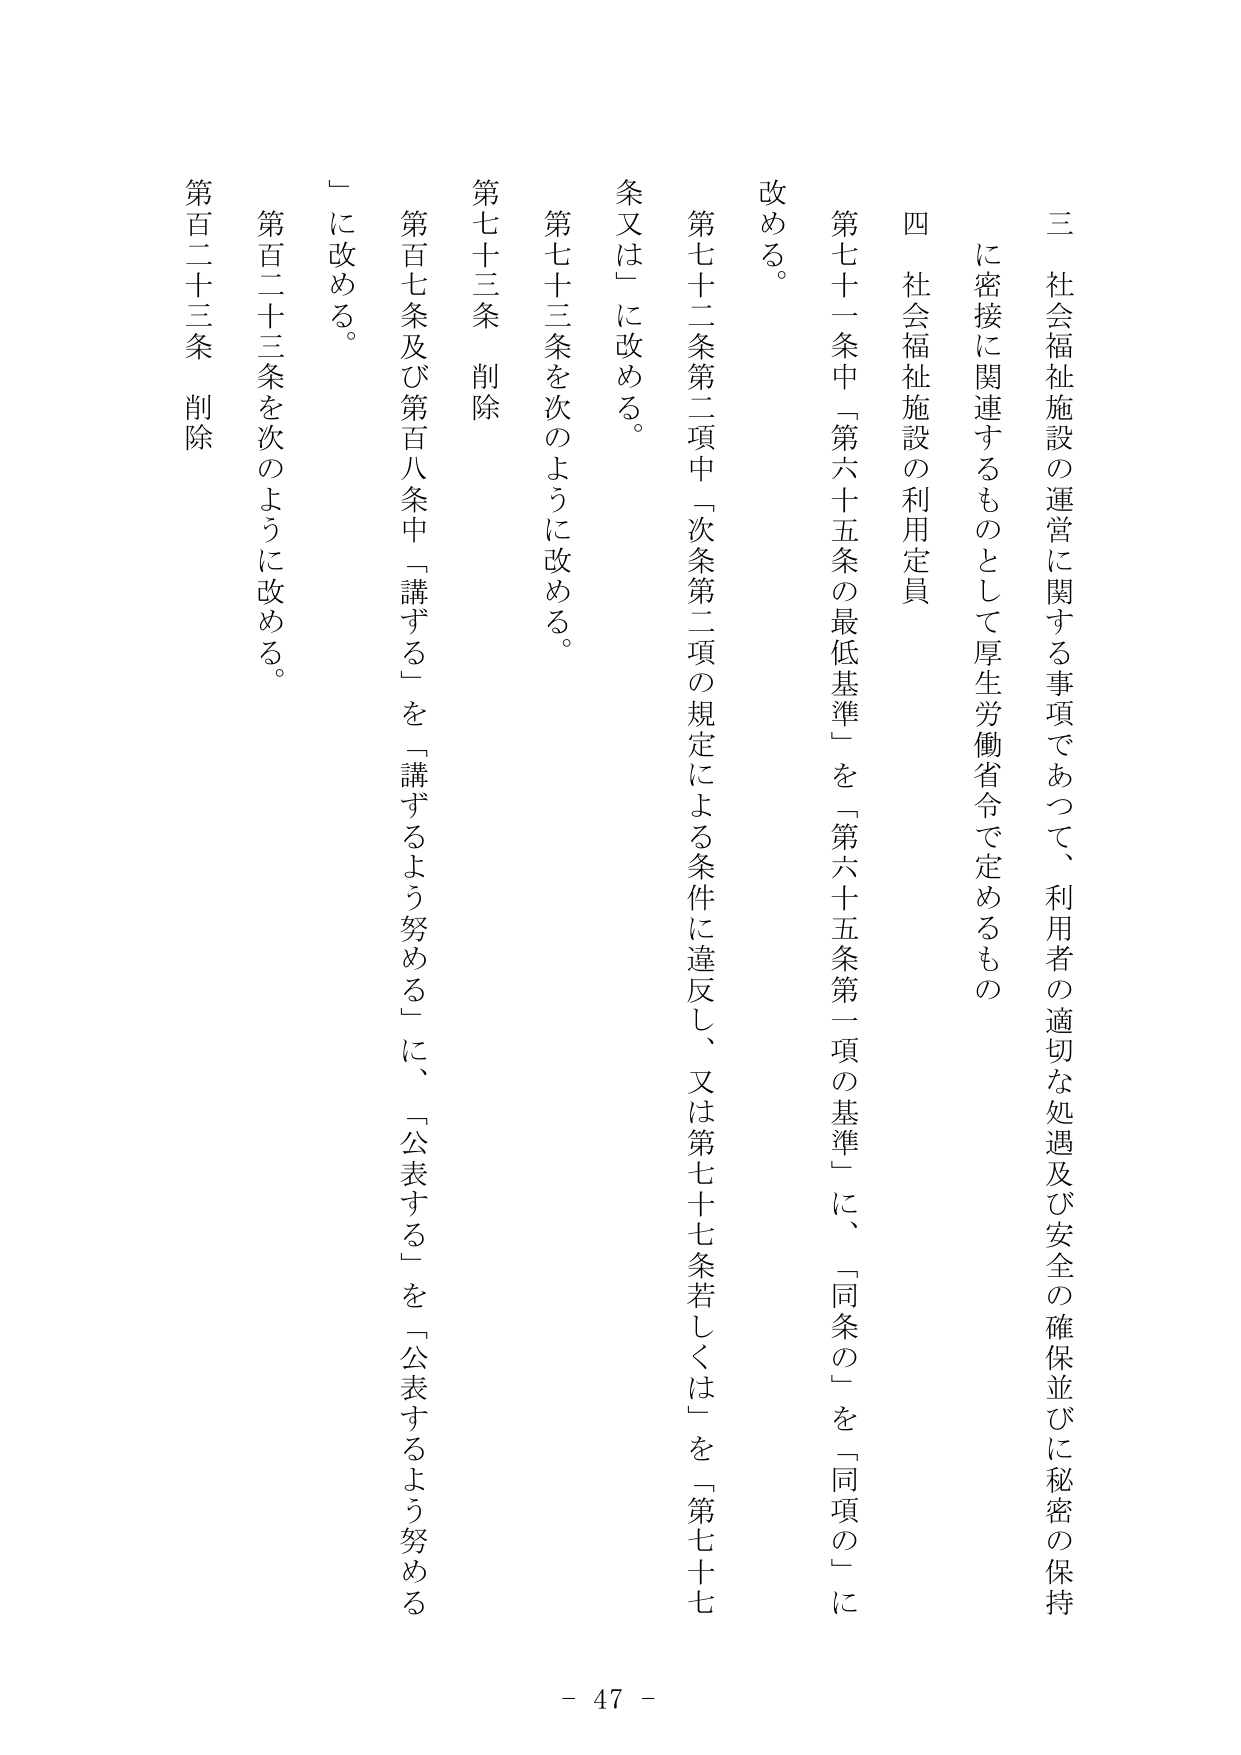
三　社会福祉施設の運営に関する事項であつて、利用者の適切な処遇及び安全の確保並びに秘密の保持に密接に関連するものとして厚生労働省令で定めるもの

四　社会福祉施設の利用定員

第七十一条中「第六十五条の最低基準」を「第六十五条第一項の基準」に、「同条の」を「同項の」に改める。

第七十二条第二項中「次条第二項の規定による条件に違反し、又は第七十七条若しくは」を「第七十七条又は」に改める。

第七十三条を次のように改める。

第七十三条　削除

第百七条及び第百八条中「講ずる」を「講ずるよう努める」に、「公表する」を「公表するよう努める」に改める。

第百二十三条を次のように改める。

第百二十三条　削除

- 47 -